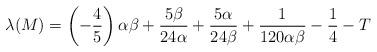
LaTeX: \begin{align*}{\displaystyle\lambda(M)=\left(-\frac{4}{5}\right)\alpha \beta+\frac{5\beta}{24\alpha}+\frac{5\alpha}{24\beta}+\frac{1}{120\alpha \beta}-\frac 14-T}\end{align*}